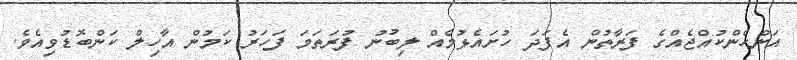
އަންހެންކުއްޖެއްގެ ފަރާތުން އެފަދަ ހުށައެޅުމެއް ލިބުނު ފުރަތަމަ ފަހަރު ކަމުން އާހިލް ކަންބޮޑުވިއެވެ.